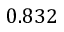
0 . 8 3 2